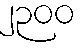
၂၃၀၀